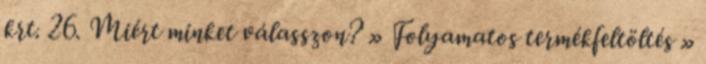
krt. 26. Miért minket válasszon? » Folyamatos termékfeltöltés »